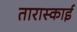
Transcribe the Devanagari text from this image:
तारास्काई